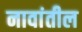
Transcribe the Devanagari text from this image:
नावांतील